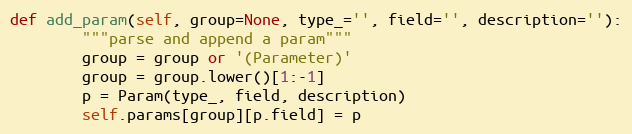
Language: Python
def add_param(self, group=None, type_='', field='', description=''):
        """parse and append a param"""
        group = group or '(Parameter)'
        group = group.lower()[1:-1]
        p = Param(type_, field, description)
        self.params[group][p.field] = p